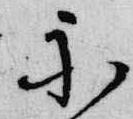
示